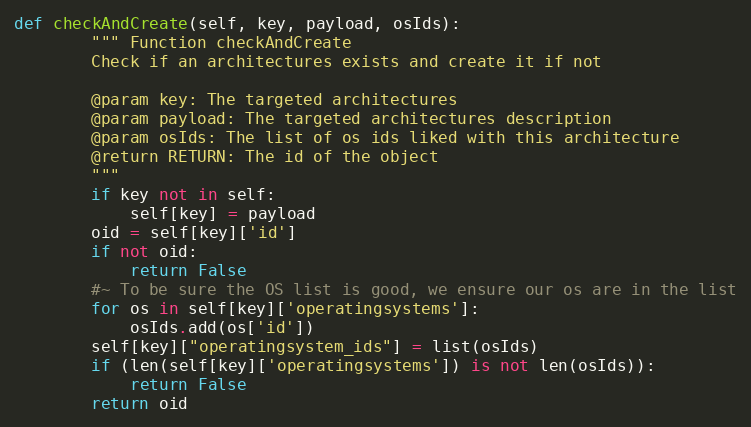
Language: Python
def checkAndCreate(self, key, payload, osIds):
        """ Function checkAndCreate
        Check if an architectures exists and create it if not

        @param key: The targeted architectures
        @param payload: The targeted architectures description
        @param osIds: The list of os ids liked with this architecture
        @return RETURN: The id of the object
        """
        if key not in self:
            self[key] = payload
        oid = self[key]['id']
        if not oid:
            return False
        #~ To be sure the OS list is good, we ensure our os are in the list
        for os in self[key]['operatingsystems']:
            osIds.add(os['id'])
        self[key]["operatingsystem_ids"] = list(osIds)
        if (len(self[key]['operatingsystems']) is not len(osIds)):
            return False
        return oid